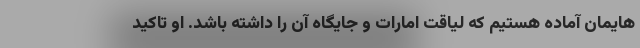
هایمان آماده هستیم که لیاقت امارات و جایگاه آن را داشته باشد. او تاکید